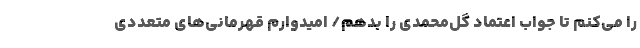
را می‌کنم تا جواب اعتماد گل‌محمدی را بدهم/ امیدوارم قهرمانی‌های متعددی